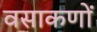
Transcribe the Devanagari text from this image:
वसाकणों